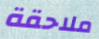
ملاحقة